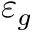
\varepsilon _ { g }